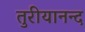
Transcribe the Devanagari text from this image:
तुरीयानन्द